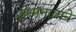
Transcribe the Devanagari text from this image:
जन्मनावाने